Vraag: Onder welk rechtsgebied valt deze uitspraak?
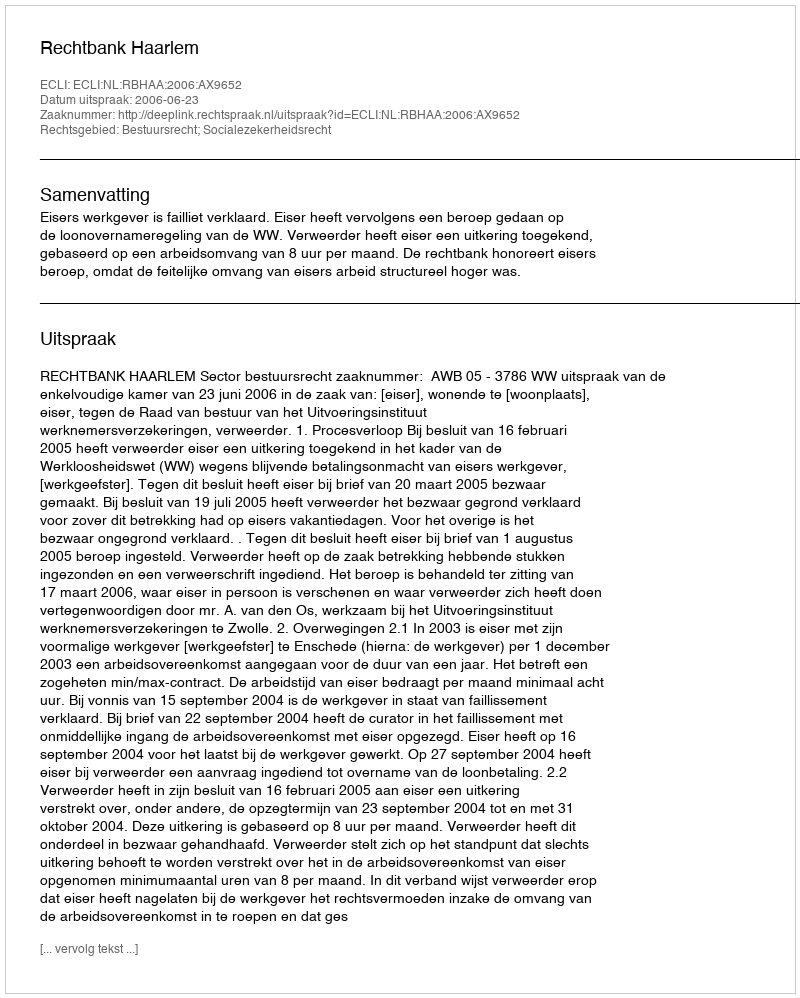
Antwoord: Bestuursrecht; Socialezekerheidsrecht